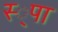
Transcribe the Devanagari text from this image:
स्‍्पा